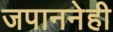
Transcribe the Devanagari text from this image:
जपाननेही